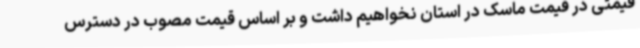
قیمتی در قیمت ماسک در استان نخواهیم داشت و بر اساس قیمت مصوب در دسترس